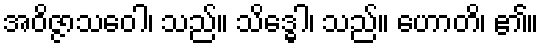
အဝိဇ္ဇာသဝေါ၊ သည်။ သိဒ္ဓေါ၊ သည်။ ဟောတိ၊ ၏။